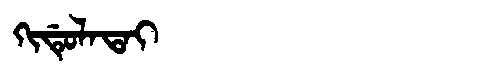
Manchu: ᡴᡳᡩᡠᠯᠠᡨᠠᡳ
Romanization: KIDULATAI